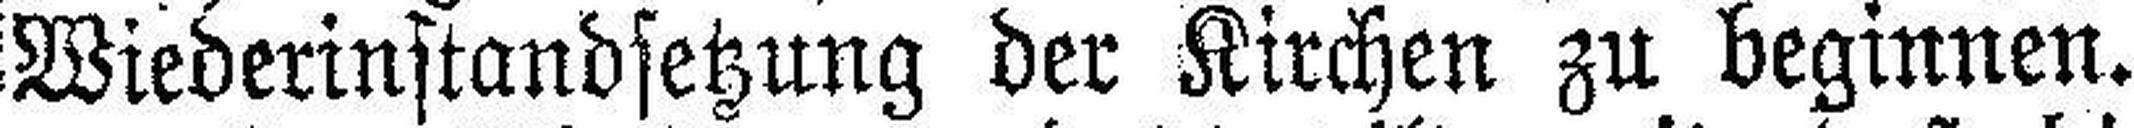
Wiederinstandsetzung der Kirchen zu beginnen.